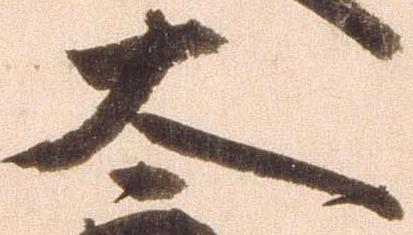
太